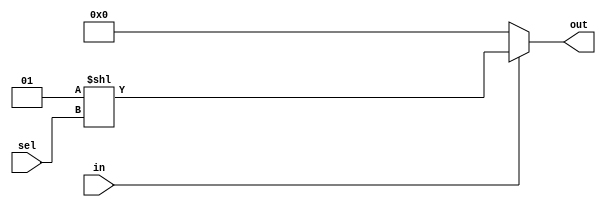
module demux1_4(
    input in,
    input [1:0] sel,
    output [3:0] out
);
    assign out = (in) ? (1 << sel) : 0;
endmodule